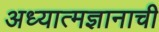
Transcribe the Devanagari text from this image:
अध्यात्मज्ञानाची